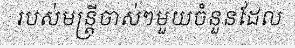
របស់មន្ត្រីចាស់ៗមួយចំនួនដែល